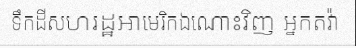
ទឹកដីសហរដ្ឋអាមេរិកឯណោះវិញ អ្នកតវ៉ា